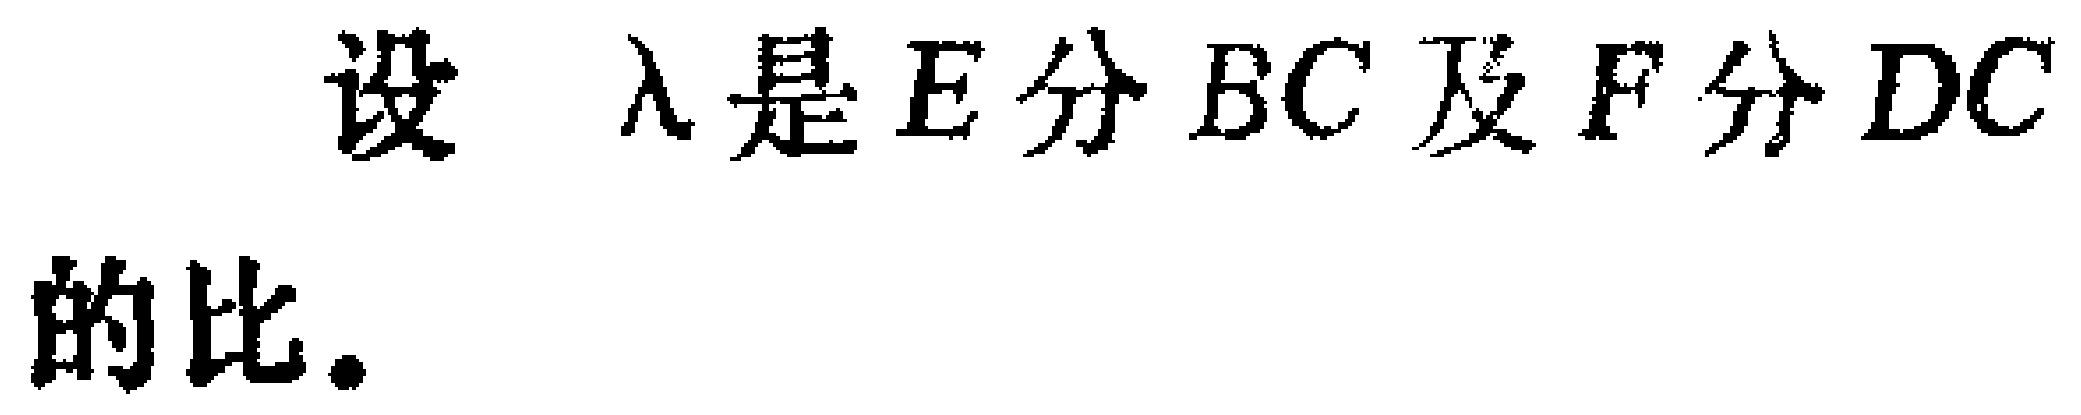
设 $\lambda$ 是 $E$ 分 $BC$ 及 $F$ 分 $DC$ 的比.